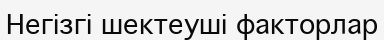
Негізгі шектеуші факторлар